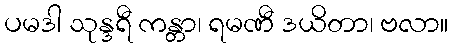
ပမဒါ သုန္ဒရီ ကန္တာ၊ ရမဏီ ဒယိတာ၊ ဗလာ။